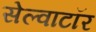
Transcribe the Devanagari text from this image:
सेल्वाटॉर